Madras plague regulations and rules - Volume 2
Disease focus: Plague
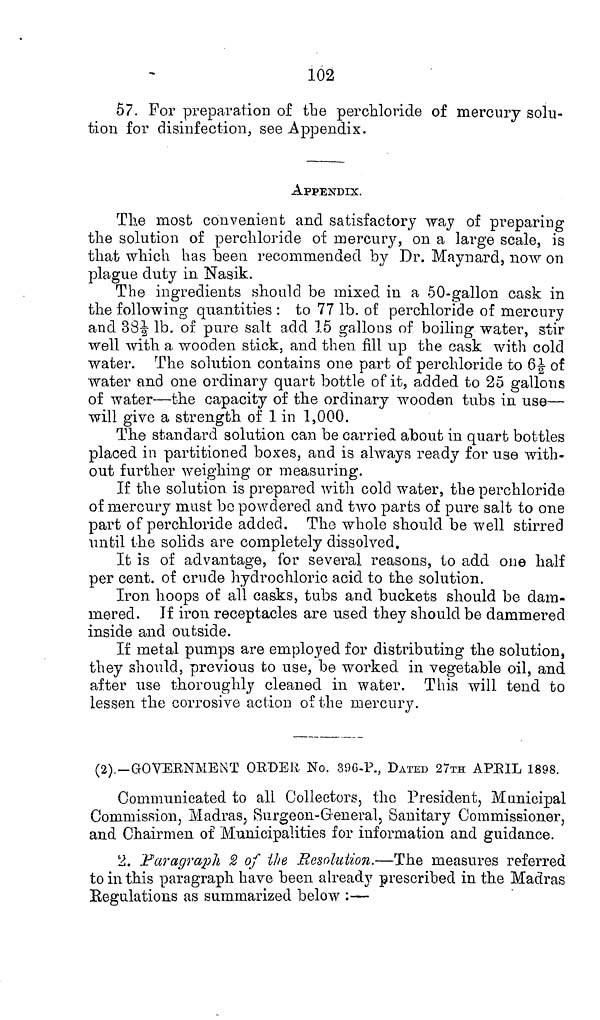
102
57. For preparation of the perchloride of mercury solu-
tion for disinfection, see Appendix.
APPENDIX.
The most convenient and satisfactory way of preparing
the solution of perchloride of mercury, on a large scale, is
that which has been recommended by Dr. Maynard, now on
plague duty in Nasik.
The ingredients should be mixed in a 50-gallon cask in
the following quantities : to 77 lb. of perchloride of mercury
and 38½ lb. of pure salt add 15 gallons of boiling water, stir
well with a wooden stick, and then fill up the cask with cold
water. The solution contains one part of perohloride to 6½ of
water and one ordinary quart bottle of it, added to 25 gallons
of water—the capacity of the ordinary wooden tubs in use—
will give a strength of 1 in 1,000.
The standard solution can be carried about in quart bottles
placed in partitioned boxes, and is always ready for use with-
out further weighing or measuring.
If the solution is prepared with cold water, the perchloride
of mercury must be powdered and two parts of pure salt to one
part of perchloride added. The whole should be well stirred
until the solids are completely dissolved.
It is of advantage, for several reasons, to add one half
per cent. of crude hydrochloric acid to the solution.
Iron hoops of all casks, tubs and buckets should be dam-
mered. If iron receptacles are used they should be dammered
inside and outside.
If metal pumps are employed for distributing the solution,
they should, previous to use, be worked in vegetable oil, and
after use thoroughly cleaned in water. This will tend to
lessen the corrosive action of the mercury.
(2) — GOVERNMENT ORDER No. 396-P., DATED 27TH APRIL 1898.
Communicated to all Collectors, the President, Municipal
Commission, Madras, Surgeon-General, Sanitary Commissioner,
and Chairmen of Municipalities for information and guidance.
2. Paragraph 2 of the Resolution.—The measures referred
to in this paragraph have been already prescribed in the Madras
Regulations as summarized below :—